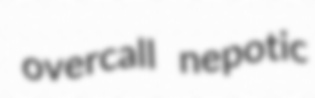
overcall nepotic